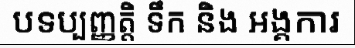
បទប្បញ្ញត្តិ ទឹក និង អង្គការ